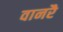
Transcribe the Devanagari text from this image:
वानरै